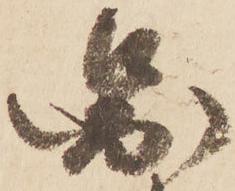
圖